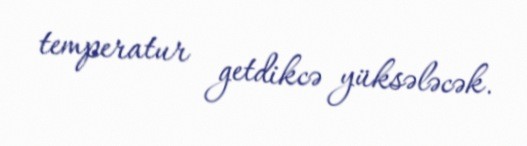
temperatur getdikcə yüksələcək.